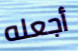
أجعله